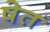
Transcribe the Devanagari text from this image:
षेत